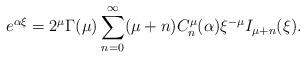
LaTeX: \begin{align*} e^{\alpha\xi}=2^\mu \Gamma(\mu) \sum_{n=0}^\infty (\mu+n) C_n^\mu(\alpha) \xi^{-\mu} I_{\mu+n}(\xi).\end{align*}